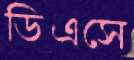
ডিএসে